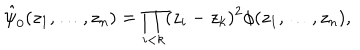
LaTeX: \hat { \psi } _ { 0 } ( z _ { 1 } , \ldots , z _ { n } ) = \prod _ { i < k } ( z _ { i } - z _ { k } ) ^ { 2 } \phi ( z _ { 1 } , \ldots , z _ { n } ) ,